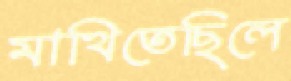
মাখিতেছিলে